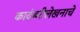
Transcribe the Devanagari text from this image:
कादंबरीलेखनाचे